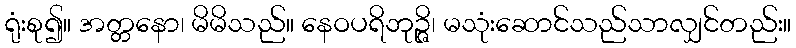
ရုံးစု၍။ အတ္တနော၊ မိမိသည်။ နေဝပရိဘုဉ္ဇိ၊ မသုံးဆောင်သည်သာလျှင်တည်း။